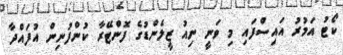
ކޯޓު އަމުރު އައިސްފައި މި ވަނީ ނިއު ޒީލެންޑުގެ ފޮންޓޭރާ ކުންފުނިން އުފައްދާ